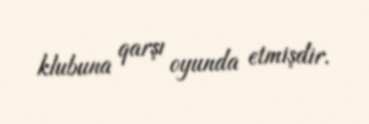
klubuna qarşı oyunda etmişdir.